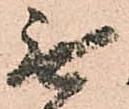
無